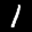
Label: 1